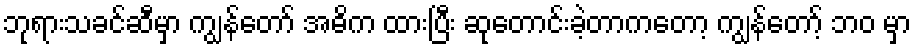
ဘုရားသခင်ဆီမှာ ကျွန်တော် အဓိက ထားပြီး ဆုတောင်းခဲ့တာကတော့ ကျွန်တော့် ဘဝ မှာ